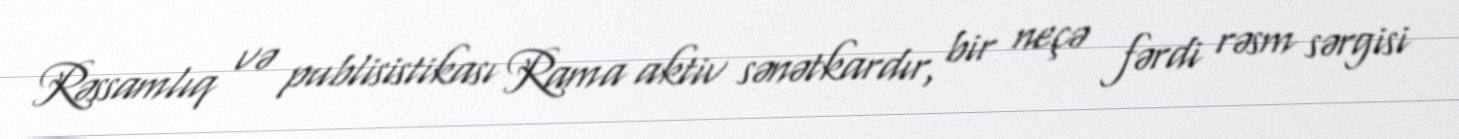
Rəssamlıq və publisistikası Rama aktiv sənətkardır, bir neçə fərdi rəsm sərgisi